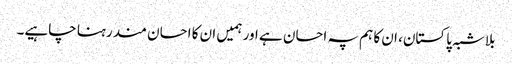
بلاشبہ پاکستان، ان کا ہم پہ احسان ہے اور ہمیں ان کا احسان مند رہنا چاہیے۔